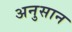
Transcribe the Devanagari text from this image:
अनुसान